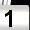
Digit: 1